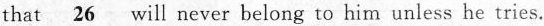
that \underline{26} will never belong to him unless he tries.